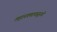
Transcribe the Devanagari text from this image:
लहानपणापासूनचे